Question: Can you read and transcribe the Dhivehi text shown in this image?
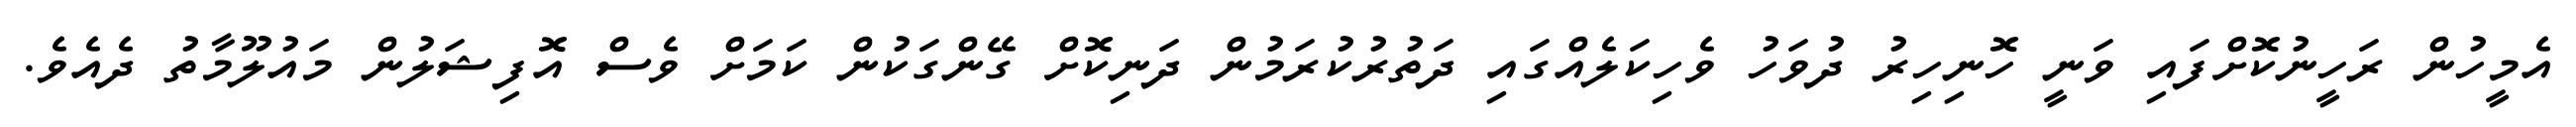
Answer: އެމީހުން ރަހީނުކޮށްފައި ވަނީ ހޮނިހިރު ދުވަހު ވެހިކަލެއްގައި ދަތުރުކުރަމުން ދަނިކޮށް ގޭންގަކުން ކަމަށް ވެސް އޮފިޝަލުން މައުލޫމާތު ދެއެވެ.